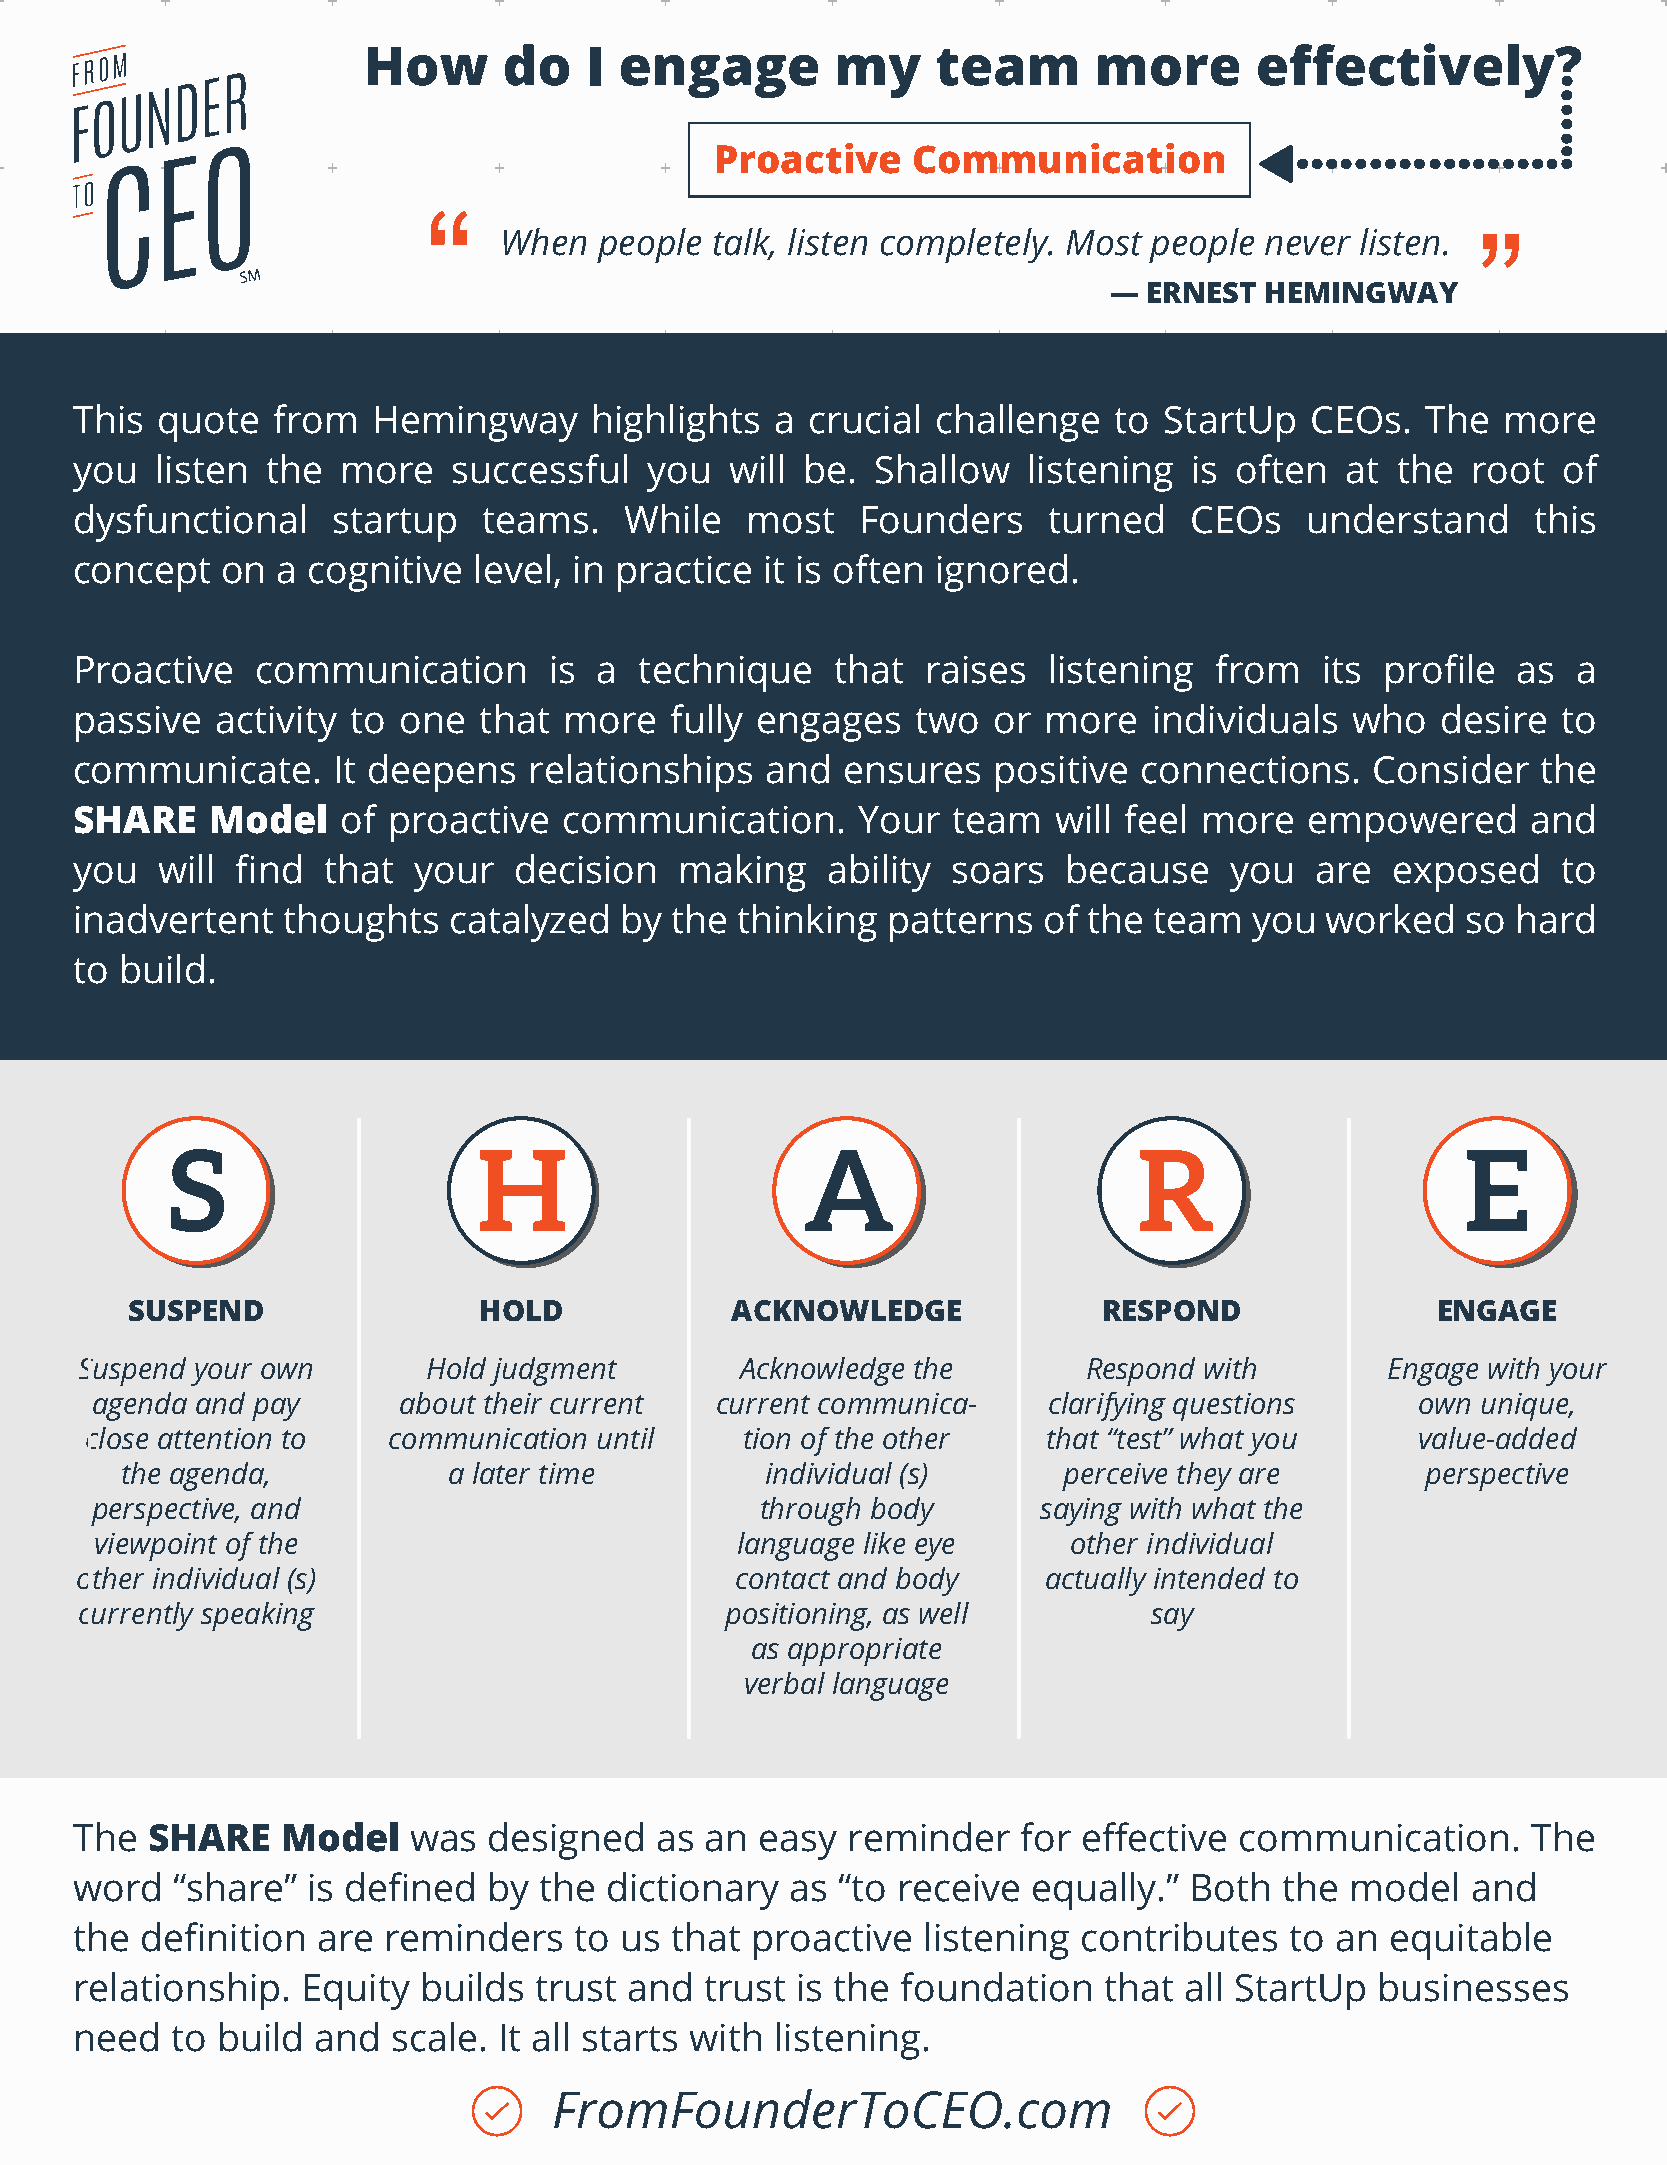
How      do    I engage        my     team      more       effectively?
 Proactive    Communication
 When   people talk, listen completely. Most people never listen.
 —  ERNEST  HEMINGWAY
 This quote   from   Hemingway     highlights  a crucial  challenge   to StartUp   CEOs.  The   more
 you  listen  the  more   successful   you  will be.  Shallow   listening  is often  at the  root  of
 dysfunctional    startup   teams.   While   most    Founders    turned    CEOs   understand      this
 concept   on a cognitive  level, in practice it is often ignored.
 Proactive   communication      is  a technique    that  raises  listening  from   its  profile as  a
 passive  activity to one   that more   fully engages    two  or more   individuals   who  desire  to
 communicate.     It deepens   relationships   and  ensures   positive connections.    Consider   the
 SHARE    Model    of proactive  communication.      Your  team   will feel more   empowered     and
 you  will  find that  your   decision   making    ability soars   because   you   are  exposed    to
 inadvertent   thoughts   catalyzed  by the  thinking  patterns  of the team   you  worked   so hard
 to build.
 S                    H                    A                     R                     E
 SUSPEND                 HOLD            ACKNOWLEDGE              RESPOND               ENGAGE
 Suspend your own       Hold judgment        Acknowledge the        Respond with        Engage with your
 agenda and pay      about their current  current communica-    clarifying questions     own unique,
 close attention to  communication until    tion of the other   that “test” what you     value-added
 the agenda,           a later time         individual (s)     perceive they are       perspective
 perspective, and                            through body       saying with what the
 viewpoint of the                           language like eye     other individual
 other individual (s)                        contact and body    actually intended to
 currently speaking                         positioning, as well        say
 as appropriate
 verbal language
 The  SHARE    Model   was  designed   as  an easy  reminder    for effective communication.     The
 word  “share”  is defined  by  the dictionary  as “to receive  equally.”  Both  the model   and
 the definition  are reminders    to us that  proactive  listening  contributes  to an  equitable
 relationship.  Equity  builds trust  and  trust is the foundation   that all StartUp  businesses
 need  to build  and  scale. It all starts with listening.
 FromFounderToCEO.com